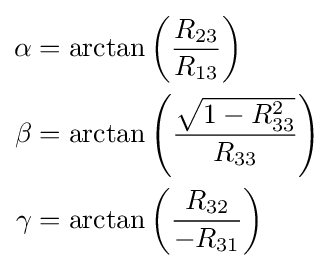
{\begin{aligned}\alpha &=\arctan \left({\frac {R_{23}}{R_{13}}}\right)\\\beta &=\arctan \left({\frac {\sqrt {1-R_{33}^{2}}}{R_{33}}}\right)\\\gamma &=\arctan \left({\frac {R_{32}}{-R_{31}}}\right)\end{aligned}}